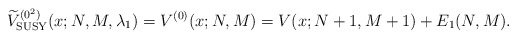
\begin{gather*} \widetilde{V}_{\rm SUSY}^{(0^{2})}(x;N,M,\lambda _{1})=V^{( 0) }(x;N,M) =V(x;N+1,M+1) +E_{1}(N,M) .\end{gather*}